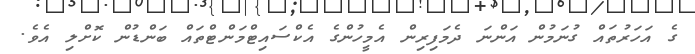
ގެ އަހަރުތައް ގުނަމުން އަންނަ ދެމަފިރިން އެމީހުންގެ އެކްސައިޓްމަންޓްތައް ބަންޑުން ކޮށްލި އެވެ.